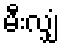
မီးလျှံ